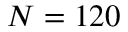
N = 1 2 0